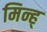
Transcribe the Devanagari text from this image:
मिन्ह्